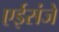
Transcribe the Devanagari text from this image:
एईसंजे